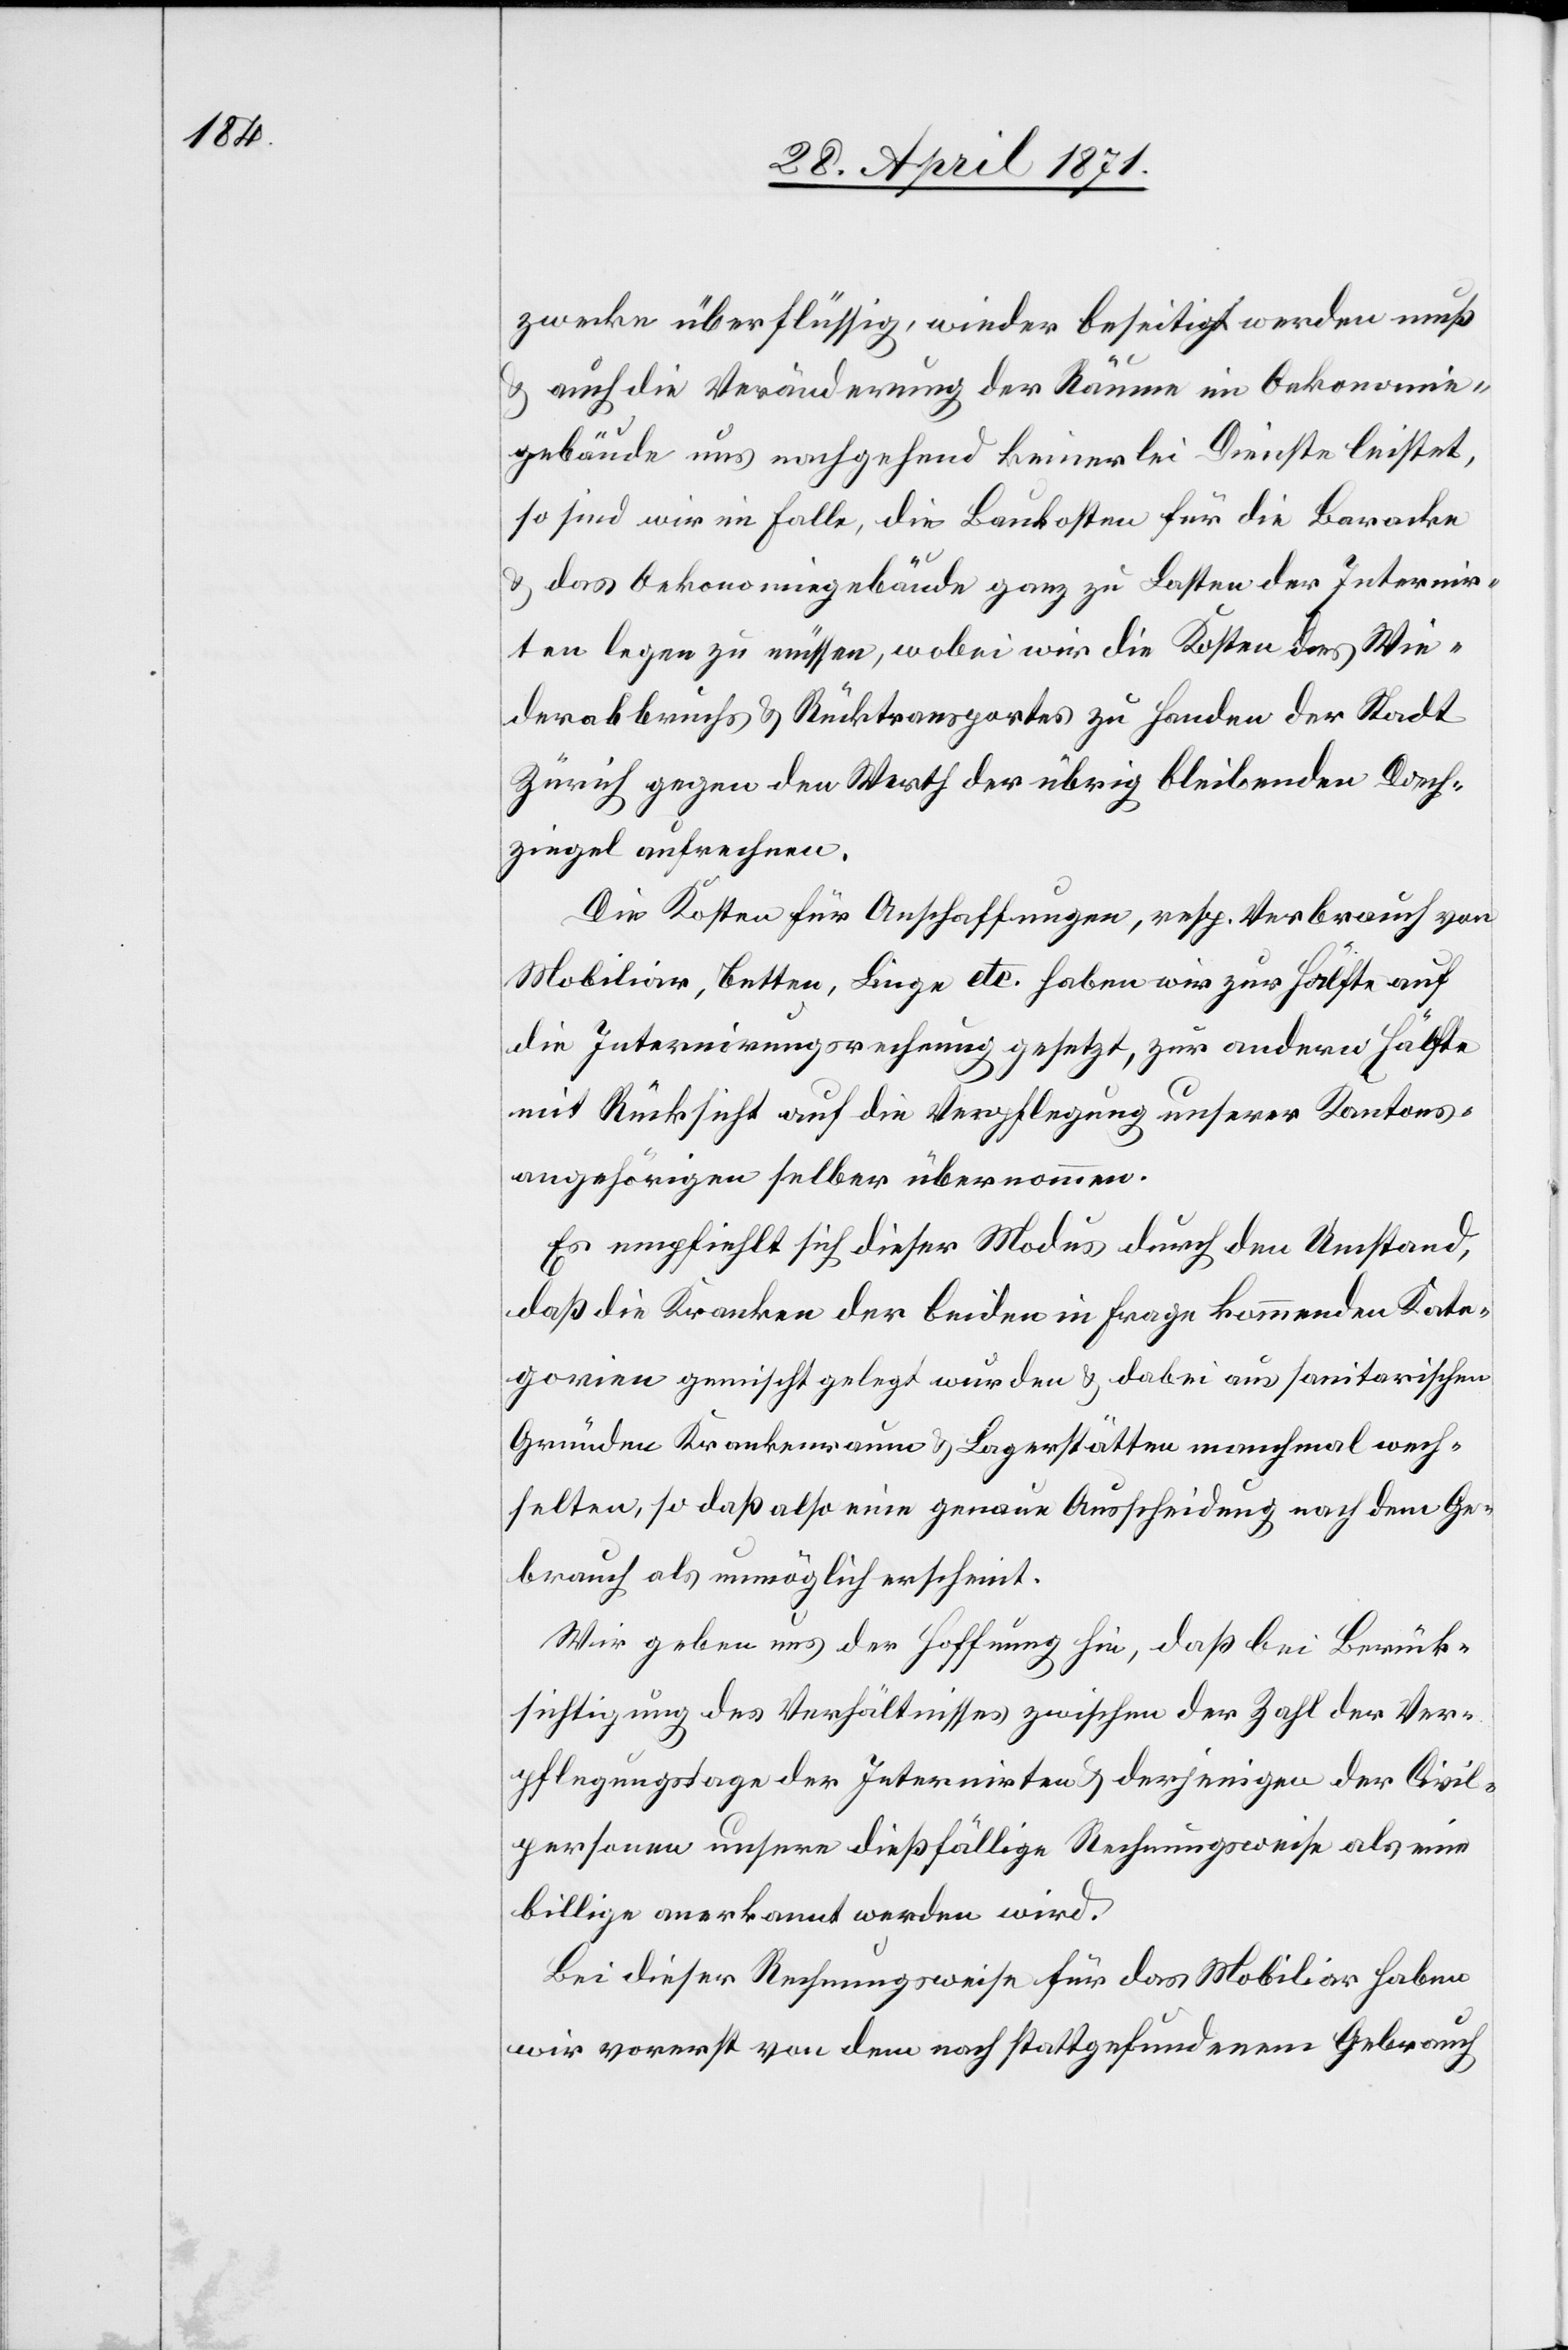
zwecke überflüssig, wieder beseitigt werden muß
u. auch die Veränderung der Räume im Oekonomie¬
gebäude uns nachgehend keinerlei Dienste leistet,
so sind wir im Falle, die Baukosten für die Baracke
u. das Oekonomiegebäude ganz zu Lasten der Internir¬
ten legen zu müssen, wobei wir die Kosten des Wie¬
derabbruchs u. Rücktransportes zu Handen der Stadt
Zürich gegen den Werth der übrig bleibenden Dach¬
ziegel aufrechnen.
Die Kosten für Anschaffungen, resp. Verbrauch von
Mobiliar, Betten, Liege etc. haben wir zur Hälfte auf
die Internirungsrechnung gesetzt, zur andern Hälfte
mit Rücksicht auf die Verpflegung unserer Kantons¬
angehörigen selber übernommen.
Es empfiehlt sich dieser Modus durch den Umstand,
daß die Kranken der beiden in Frage kommenden Kate¬
gorien gemischt gelegt wurden u. dabei aus sanitarischen
Gründen Krankenraum u. Lagerstätten manchmal wech¬
selten, so daß also eine genaue Ausscheidung nach dem Ge¬
brauch als unmöglich erscheint.
Wir geben uns der Hoffnung hin, daß bei Berück¬
sichtigung des Verhältnisses zwischen der Zahl der Ver¬
pflegungstage der Internirten u. derjenigen der Civil¬
personen unsere dießfällige Rechnungsweise als eine
billige anerkannt werden wird.
Bei dieser Rechnungsweise für das Mobiliar haben
wir vorerst von dem noch stattgefundenen Gebrauch